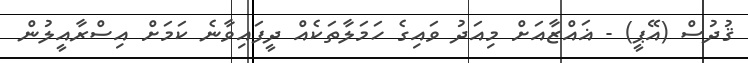
ޤުދުސް (އޭޕީ) - ޣައްޒާއަށް މިއަދު ވައިގެ ހަމަލާތަކެއް ދީފައިވާނެ ކަމަށް އިސްރާއީލުން